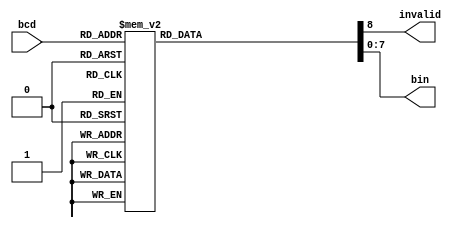
`timescale 1ns / 1ps
//////////////////////////////////////////////////////////////////////////////////
// Company: 
// Engineer: 
// 
// Design Name: 
// Module Name: bcd2b
// Project Name: 
// Target Devices: 
// Tool Versions: 
// Description: 
// 
// Dependencies: 
// 
// Revision:
// Revision 0.01 - File Created
// Additional Comments:
// 
//////////////////////////////////////////////////////////////////////////////////


module bcd2b(
    input [3:0] bcd,
    output reg invalid,
    output  reg[7:0] bin
    );
    
    always @* begin
    case (bcd)
        4'd0:begin
              bin = 8'b0000000;
              invalid = 0 ;
              end
        4'd1:begin
              bin = 8'b0000001;
              invalid = 0 ;
              end
        4'd2:begin
              bin = 8'b0000010;
              invalid = 0 ;
              end
        4'd3:begin
              bin = 8'b0000011;
              invalid = 0 ;
              end
        4'd4:begin
              bin = 8'b0000100;
              invalid = 0 ;
              end
        4'd5:begin
              bin = 8'b0000101;
              invalid = 0 ;
              end
        4'd6:begin
              bin = 8'b0000110;
              invalid = 0 ;
              end
        4'd7:begin
              bin = 8'b0000111;
              invalid = 0 ;
              end
        4'd8: begin
              bin = 8'b0001000;
              invalid = 0 ;
              end
        4'd9:begin
              bin = 8'b0001001;
              invalid = 0 ;
              end
        default:begin
              bin = 8'bx;
              invalid = 1 ;
              end
    endcase
end
    
endmodule